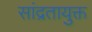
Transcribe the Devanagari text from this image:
सांद्रतायुक्त